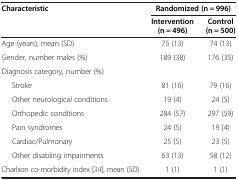
| Characteristic | <COLSPAN=2> Randomized (n = 996) |
 |  | Intervention (n = 496) | Control (n = 500) |
 | --- | --- | --- |
 | Age (years), mean (SD) | 75 (13) | 74 (13) |
 | Gender, number males (%) | 189 (38) | 176 (35) |
 | Diagnosis category, number (%) |  |  |
 | Stroke | 81 (16) | 79 (16) |
 | Other neurological conditions | 19 (4) | 24 (5) |
 | Orthopedic conditions | 284 (57) | 297 (59) |
 | Pain syndromes | 24 (5) | 19 (4) |
 | Cardiac/Pulmonary | 25 (5) | 23 (5) |
 | Other disabling impairments | 63 (13) | 58 (12) |
 | Charlson co-morbidity index[34], mean (SD) | 1 (1) | 1 (1) |